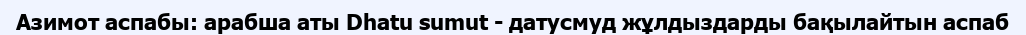
Азимот аспабы: арабша аты Dhatu sumut - датусмуд жұлдыздарды бақылайтын аспаб